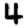
Digit: 4